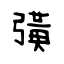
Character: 彉